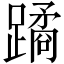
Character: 蹫